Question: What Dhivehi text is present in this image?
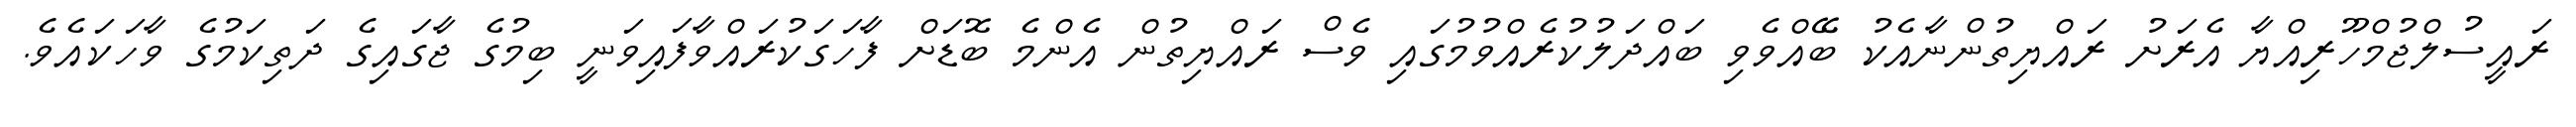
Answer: ރައީސުލްޖުމްހޫރިއްޔާ އެރަށު ރައްޔިތުންނާއެކު ބޭއްވެވި ބައްދަލުކުރެއްވުމުގައި ވެސް ރައްޔިތުން އެންމެ ބޮޑަށް ފާހަގަކުރައްވާފައިވަނީ ބިމުގެ ޖާގައިގެ ދަތިކަމުގެ ވާހަކައެވެ.